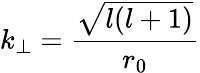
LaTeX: k_{\perp}=\frac{\sqrt{l(l+1)}}{r_{0}}